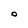
Character: O